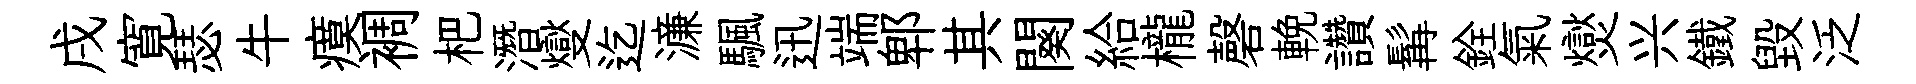
戌寛瑟牛瘼裯杷潛燮迄濓颿迅端郫其闋給櫳磬輓讚髯銓氣爕兴鐵毀泛